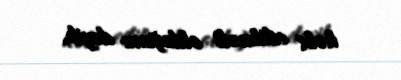
həbs edilməli olduğunu deyib.